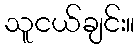
သူငယ်ချင်း။